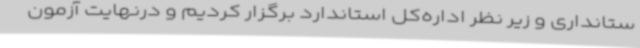
ستانداری و زیر نظر اداره‌کل استاندارد برگزار کردیم و درنهایت آزمون